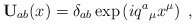
\begin{align*}\mathbf{U}_{ab}(x)=\delta_{ab}\exp\left( i q^a{}_\mu x^\mu \right)\ ,\end{align*}